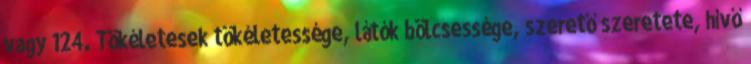
vagy 124. Tökéletesek tökéletessége, látók bölcsessége, szerető szeretete, hívő